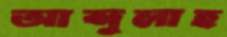
আব্দুলাহ